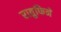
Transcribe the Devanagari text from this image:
रातुफिने